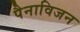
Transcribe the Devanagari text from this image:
पैनाविजन